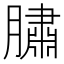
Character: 䐹